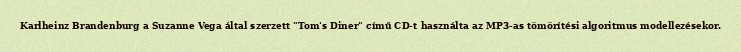
Karlheinz Brandenburg a Suzanne Vega által szerzett "Tom's Diner" című CD-t használta az MP3-as tömörítési algoritmus modellezésekor.